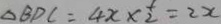
\Delta B D C = 4 x \times \frac { 1 } { 2 } = 2 x